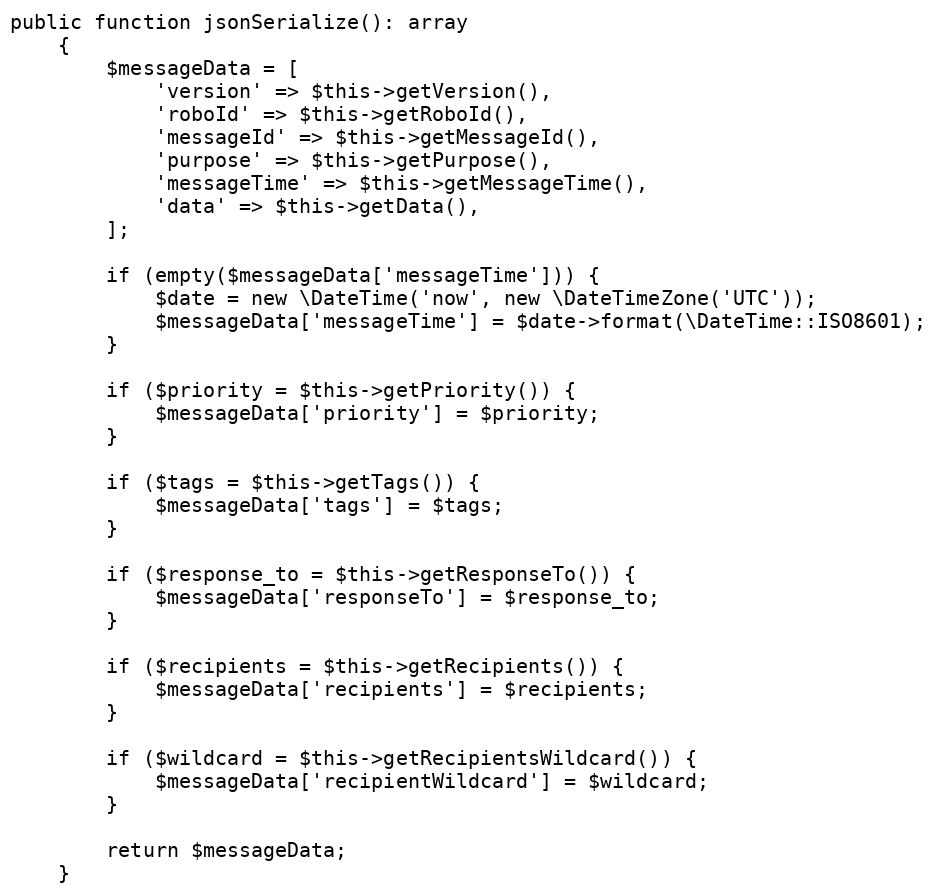
Language: PHP
public function jsonSerialize(): array
    {
        $messageData = [
            'version' => $this->getVersion(),
            'roboId' => $this->getRoboId(),
            'messageId' => $this->getMessageId(),
            'purpose' => $this->getPurpose(),
            'messageTime' => $this->getMessageTime(),
            'data' => $this->getData(),
        ];

        if (empty($messageData['messageTime'])) {
            $date = new \DateTime('now', new \DateTimeZone('UTC'));
            $messageData['messageTime'] = $date->format(\DateTime::ISO8601);
        }

        if ($priority = $this->getPriority()) {
            $messageData['priority'] = $priority;
        }

        if ($tags = $this->getTags()) {
            $messageData['tags'] = $tags;
        }

        if ($response_to = $this->getResponseTo()) {
            $messageData['responseTo'] = $response_to;
        }

        if ($recipients = $this->getRecipients()) {
            $messageData['recipients'] = $recipients;
        }

        if ($wildcard = $this->getRecipientsWildcard()) {
            $messageData['recipientWildcard'] = $wildcard;
        }

        return $messageData;
    }